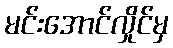
မင်းအောင်လှိုင်မှ